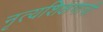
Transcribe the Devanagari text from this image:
नृत्यशिक्षणाची